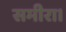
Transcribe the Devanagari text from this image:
समीरा।